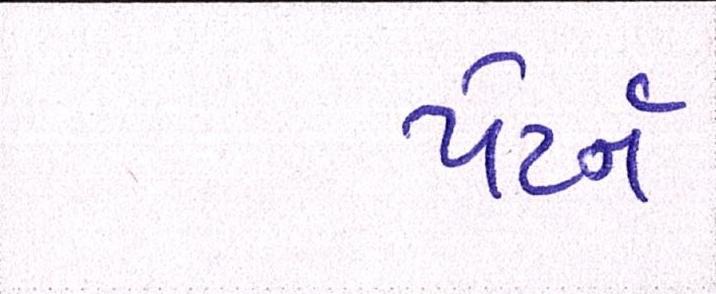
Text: પેટર્ન